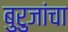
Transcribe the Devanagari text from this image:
बुरुजांचा